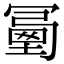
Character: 𠖜